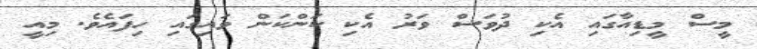
މީސް މީޑިއާގައި އެކި ދުވަސް ވަރު އެކި ކަންކަން ވައިގައި ހިފައެވެ. މިއީ